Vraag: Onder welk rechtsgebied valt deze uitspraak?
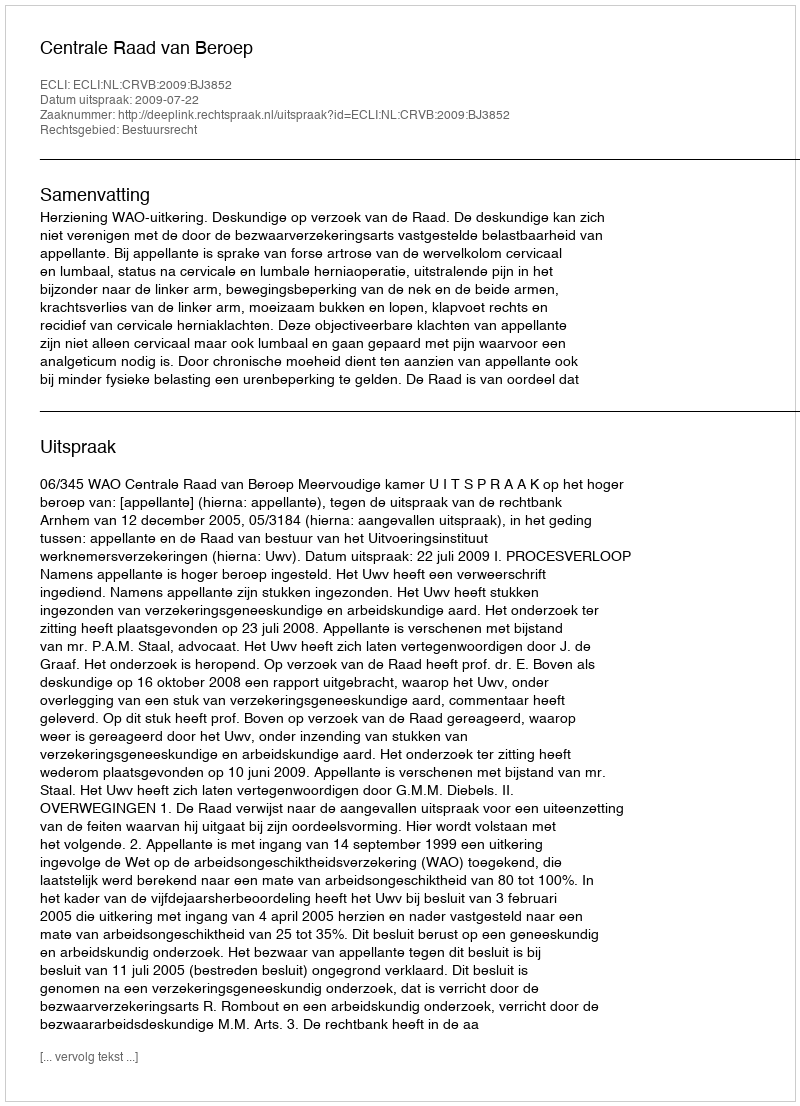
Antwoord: Bestuursrecht